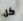
كل